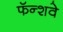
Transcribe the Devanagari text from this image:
फॅन्शवे